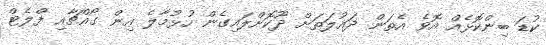
ކުޑަ ބިންކޮޅެއް އޮވެ އެތަން ދައުލަތަށް ދޫކޮށްލައިގެން ހުޅުމާލެ އިން ގޯއްޗާއި ފްލެޓް